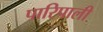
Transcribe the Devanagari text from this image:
पारिपाली